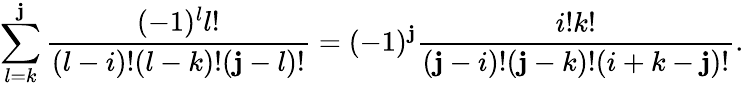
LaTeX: \sum_{l=k}^{\mathbf{j}}{\frac{{(-1)^{l}l!}}{{(l-i)!(l-k)!(\mathbf{j}-l)!}}}=(-1)^{\mathbf{j}}{\frac{{i!k!}}{{(\mathbf{j}-i)!(\mathbf{j}-k)!(i+k-\mathbf{j})!}}}.